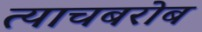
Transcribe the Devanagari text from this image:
त्याचबरोब